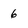
Character: 6